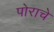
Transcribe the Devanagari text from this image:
पोराचे